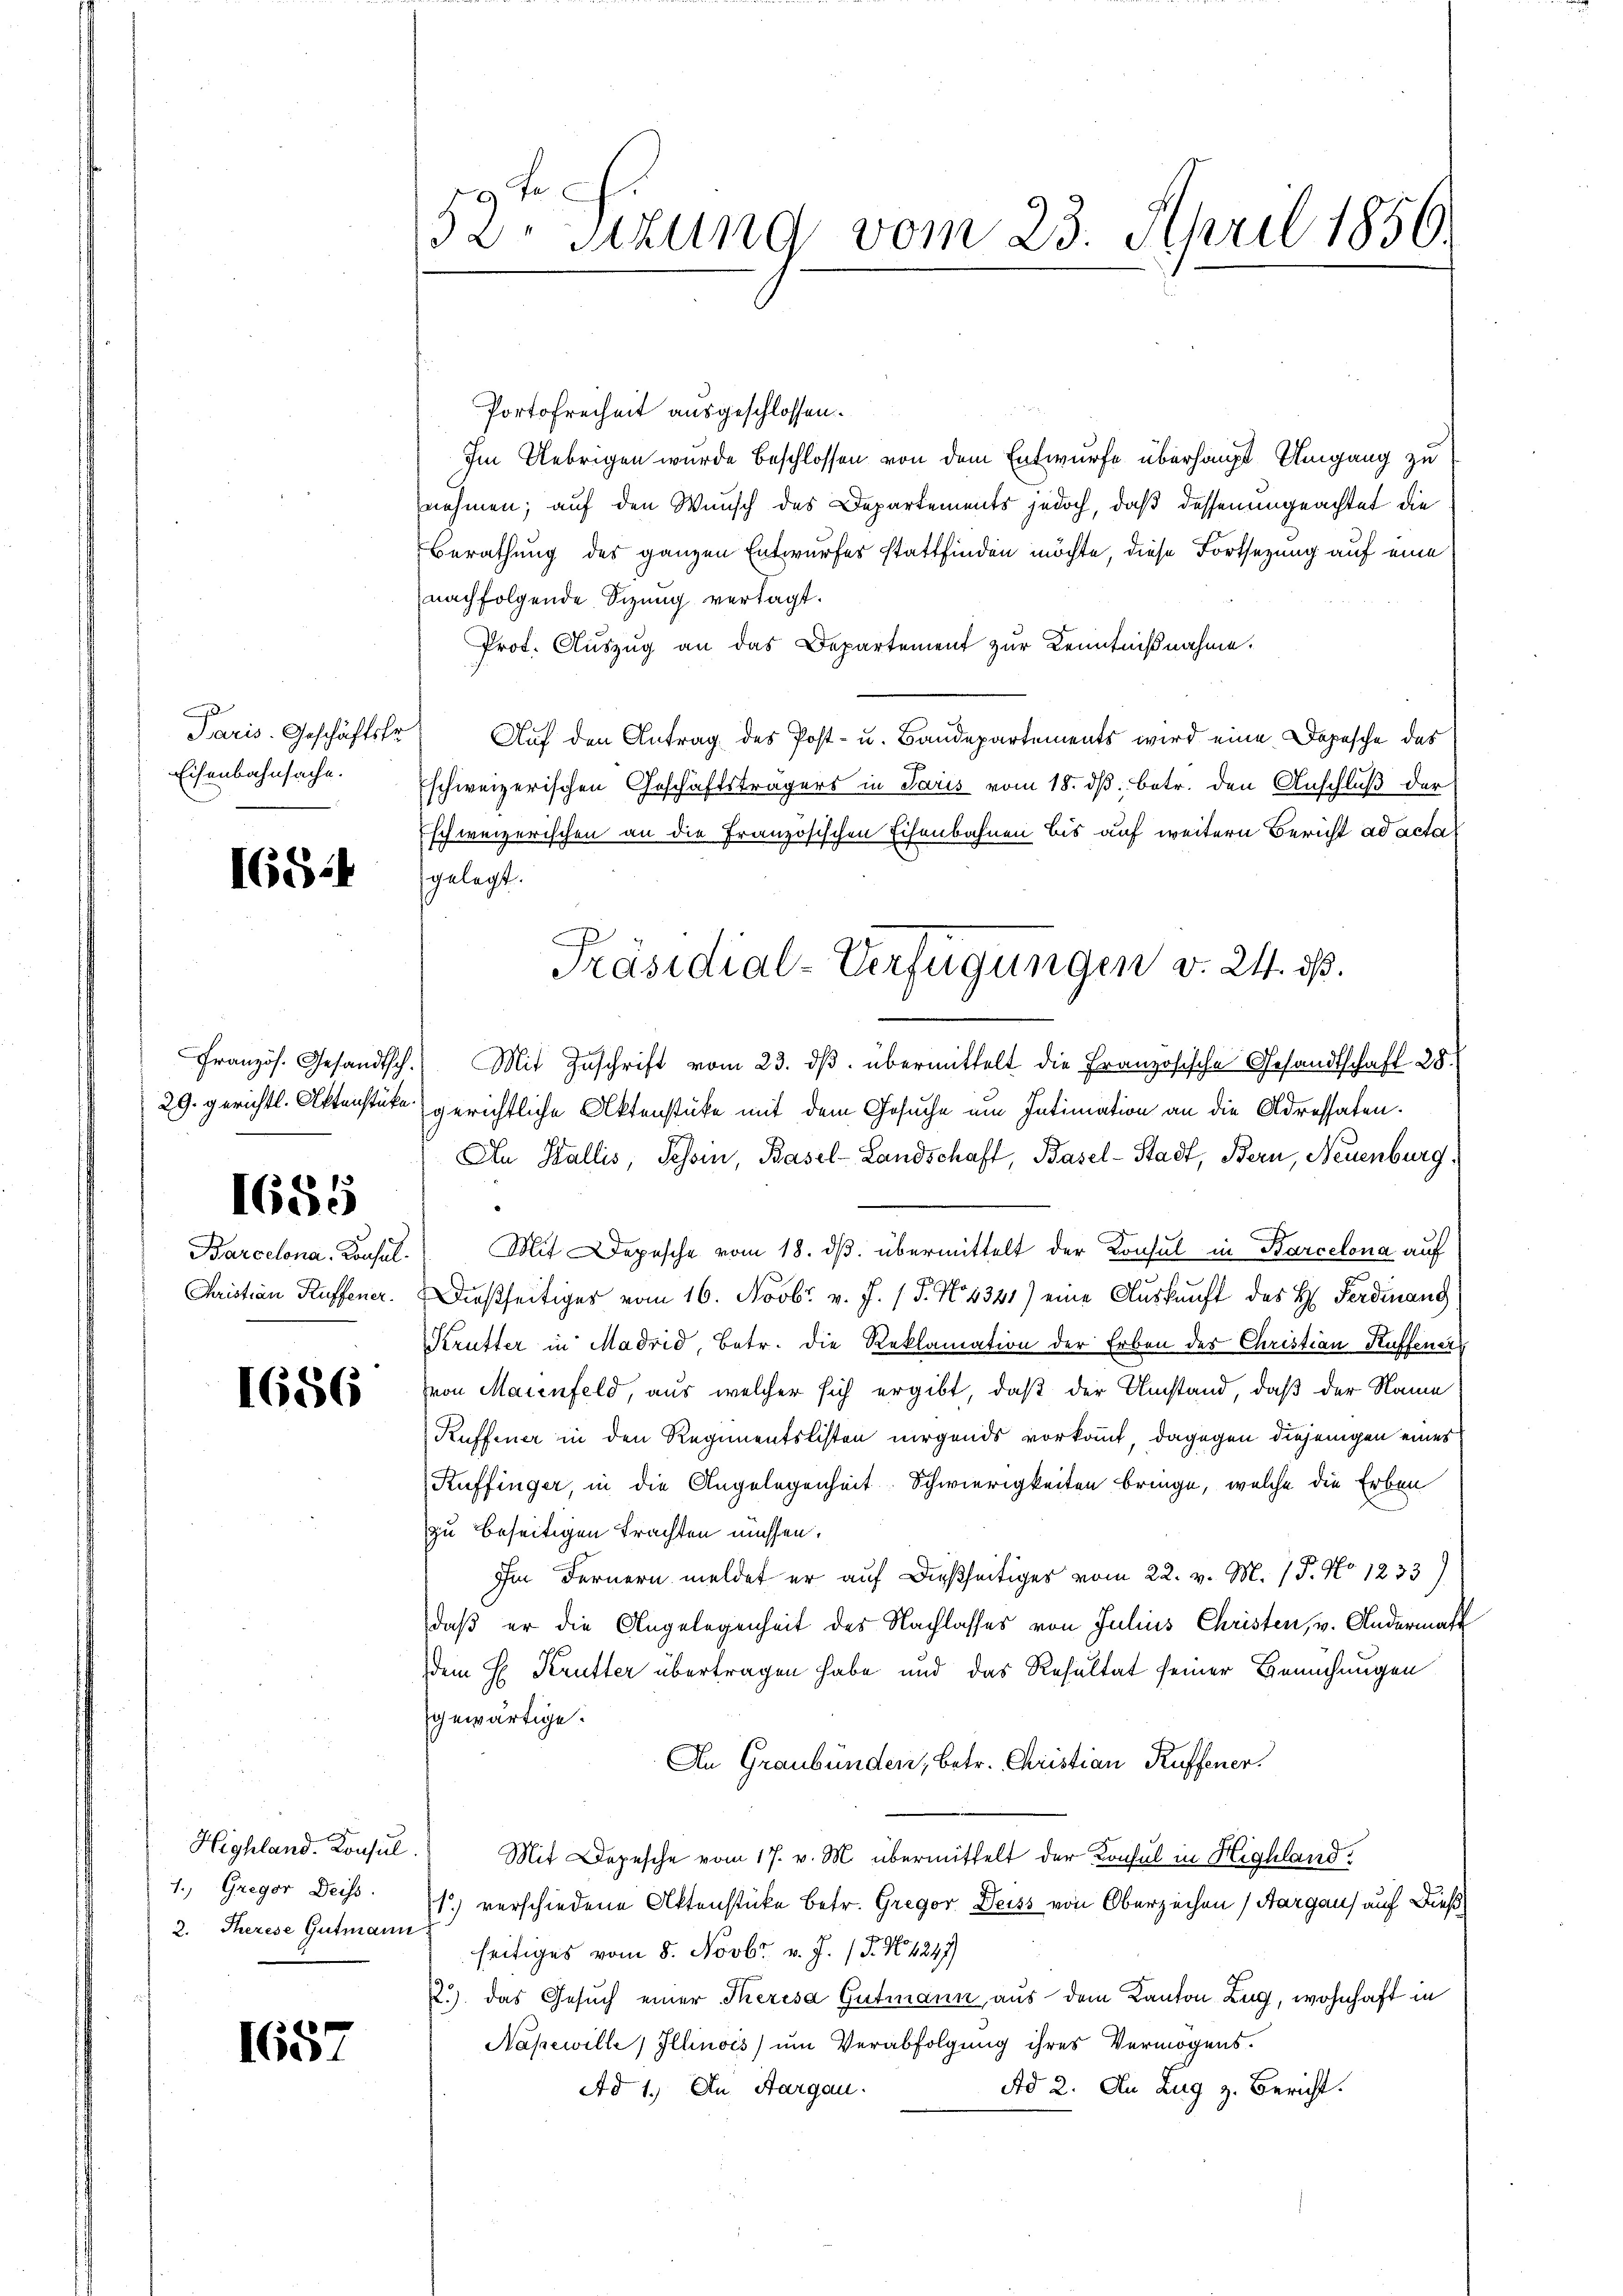
Paris. Geschäftstr
Eisenbahnsache.

16524

1685

Barcelona, Consul¬
Christian Kuffener.

1656

1. Gregor Deiss.
2. Therese Gutmann

1657

52. Sitzung vom 23. April 1856.

Portofreiheit ausgeschlossen.
Im Uebrigen wurde beschlossen von dem Entwurfe überhaupt Umgang zu
nehmen; auf den Wunsch des Departements jedoch, daß dessenungeachtet die
Berathung des ganzen Entwurfes stattfinden möchte, diese Fortsezung auf eine
nachfolgende Sizung vertagt.
Prot. Aŭszŭg an das Departement zŭr Kenntnißnahme.
Auf den Antrag des Post- u. Bandepartements wird eine Depesche des
a
Eschweizerischen Geschäftsträgers in Paris vom 18. ds. betr. den Anschluß der
Eschweizerischen an die Französischen Eisenbahnen bis auf weitern Bericht ad acta
gelegt.
Französ. Gesandtsch.) Mit Zuschrift vom 23. dβ übermittelt die Französische Gesandtschaft 28.
29. gerichtl. Aktenstüke gerichtliche Aktenstüke mit dem Gesuche um Intimation an die Adressaten.
An Wallis, Tessin, Basel-Landschaft, Basel-Stadt, Bern, Neuenburg,
Mit Depesche vom 18. dβ übermittelt der Konsul in Barcelona auf
Dießseitiger vom 16. Novbr. v. J. (T. No 1341) eine Auskunft des H. Ferdinang
Krutter in Madrid, Betr. die Reklamation der Erben des Christian Kuffener
von Maienfeld, aus welcher sich ergibt, daß der Umstand, daß der Name
Kuffener in den Regimentslisten nirgends vorkommt, dagegen diejenigen eines
Kuffinger, in die Angelegenheit. Schwierigkeiten bringe, welche die Erben
zu beseitigen trachten müssen.
Im Fernern meldet er auf dießseitiges vom 22. v. M. / 5. No 1233)
daß er die Angelegenheit des Nachlasses von Julius Christen, v. Andermas
dem H. Krutter übertragen habe und das Resultat seiner Besuchungen
gewärtige.
An Graubünden, betr. Christian Kuffener.
Highland. Konsul. Mit Depesche vom 17. v. M. übermittelt der Konsul in Highland.
1) verschiedene Aktenstücke betr. Gregor Deiss von Oberzeichen, Aargau auf Dieß
seitiges vom 8. Novbr. v. J. J. N. 4247)
2.) das Gesuch einer Theresa Gutmann aus dem Kanton Zug, wohnhaft in
Napewille, Illinois) um Verabfolgung ihres Vermögens.
Ad 2. Au Zug z. Bericht.
Ad 1. In Aargau.

Präsidial-Verfügungen v. 24. ds.